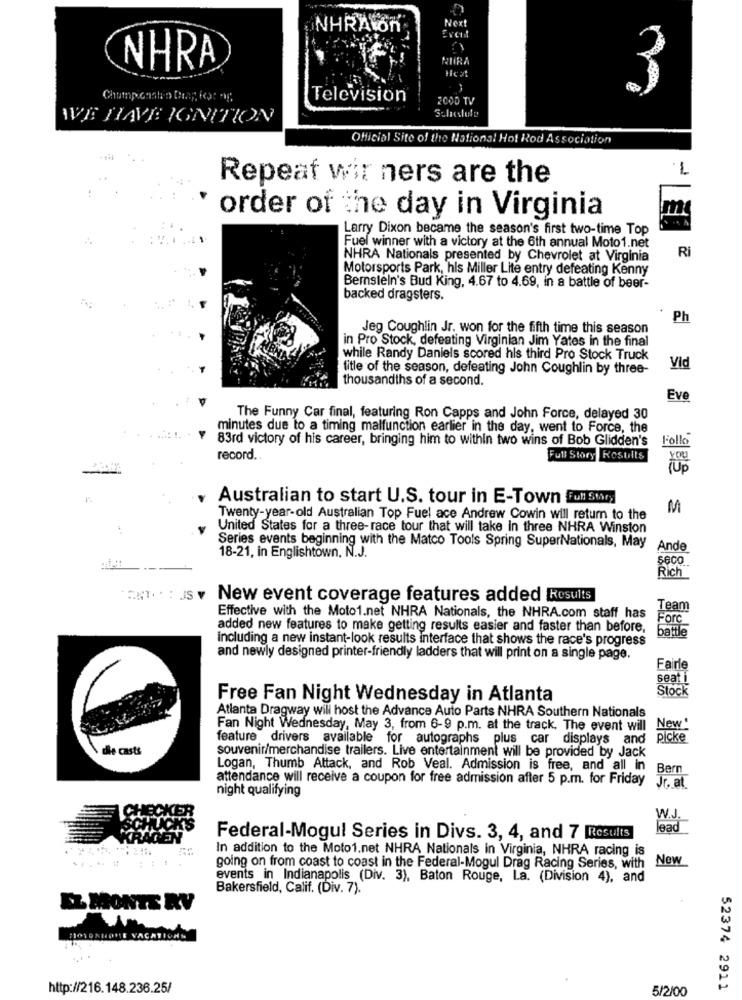
Next
NHRAIn
Even
RURA
NHRA
Chump castro Drap igt ,
Television
2000 TV
WE HAVE IGNITION
Official Site of the National Hot Rod Association
Repeat wir ners are the
' order of the day in Virginia
..
Larry Dixon became the season's first two-time Top
Fuel winner with a victory at the 6th annual Moto1.net
Ri
NHRA Nationals presented by Chevrolet at Virginia
Motorsports Park, his Miller Lite entry defeating Kenny
Bernstein's Bud King, 4.67 to 4.69, in a battle of beer-
backed dragsters.
Ph
Jeg Coughlin Jr. won for the fifth time this season
in Pro Stock, defeating Virginian Jim Yates in the final
while Randy Daniels scored his third Pro Stock Truck
title of the season, defeating John Coughlin by three-
Vid
thousandths of a second.
Eve
The Funny Car final, featuring Ron Capps and John Force, delayed 30
minutes due to a timing malfunction earlier in the day, went to Force, the
83rd victory of his career, bringing him to within two wins of Bob Glidden's
Follo
record.
Full Story Results
Australian to start U.S. tour in E-Town Full Story
M
Twenty-year-old Australian Top Fuel ace Andrew Cowin will return to the
United States for a three-race tour that will take In three NHRA Winston
Series events beginning with the Matco Tools Spring SuperNationals, May
Ande
18-21, in Englishtown, N.J.
Rich
ONT .. : sv New event coverage features added Results
Team
Effective with the Moto1.net NHRA Nationals, the NHRA.com staff has
Forc
added new features to make getting results easier and faster than before,
battle
including a new instant-look results interface that shows the race's progress
and newly designed printer-friendly ladders that will print on a single page.
Fairle
seat
Stock
Free Fan Night Wednesday in Atlanta
Atlanta Dragway will host the Advance Auto Parts NHRA Southern Nationals
Fan Night Wednesday, May 3, from 6-9 p.m. at the track, The event will
New"
feature drivers available for autographs plus car displays and
picke
die casts
souvenir/merchandise trailers. Live entertainment will be provided by Jack
Logan, Thumb Attack, and Rob Veal. Admission is free, and all in
Bern
attendance will receive a coupon for free admission after 5 p.m. for Friday
night qualifying
Jr. at.
W.J.
lead
Federal-Mogul Series in Divs. 3, 4, and 7 Results
In addition to the Moto1.net NHRA Nationals in Virginia, NHRA racing is
going on from coast to coast in the Federal-Mogul Drag Racing Series, with New
....
events in Indianapolis (Div. 3), Baton Rouge, La. (Division 4), and
Bakersfield, Calif. (Div. 7).
EL MONTE RV
MOSOKHOHE VACATIONS
http://216.148.236.25/
5/2/00
52374 2911